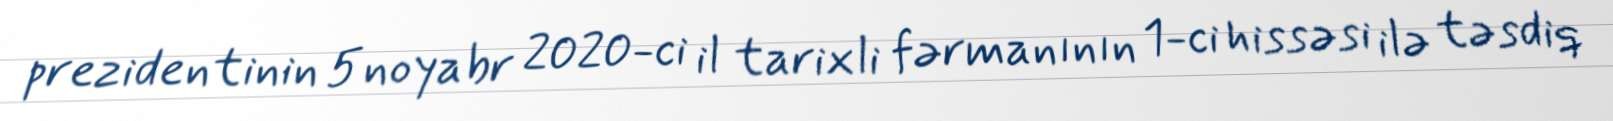
prezidentinin 5 noyabr 2020-ci il tarixli fərmanının 1-ci hissəsi ilə təsdiq